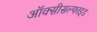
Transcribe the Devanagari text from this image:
ऑक्सीसल्फाइड